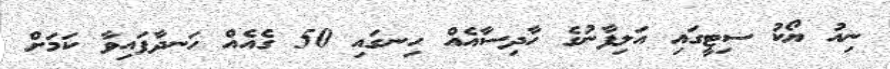
ނިއު ޔޯކު ސިޓީގައި އަލިފާނުގެ ހާދިސާއެއް ހިނގައި 50 ގެއެއް ހަނދާފައިވާ ކަމަށް